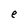
Character: e